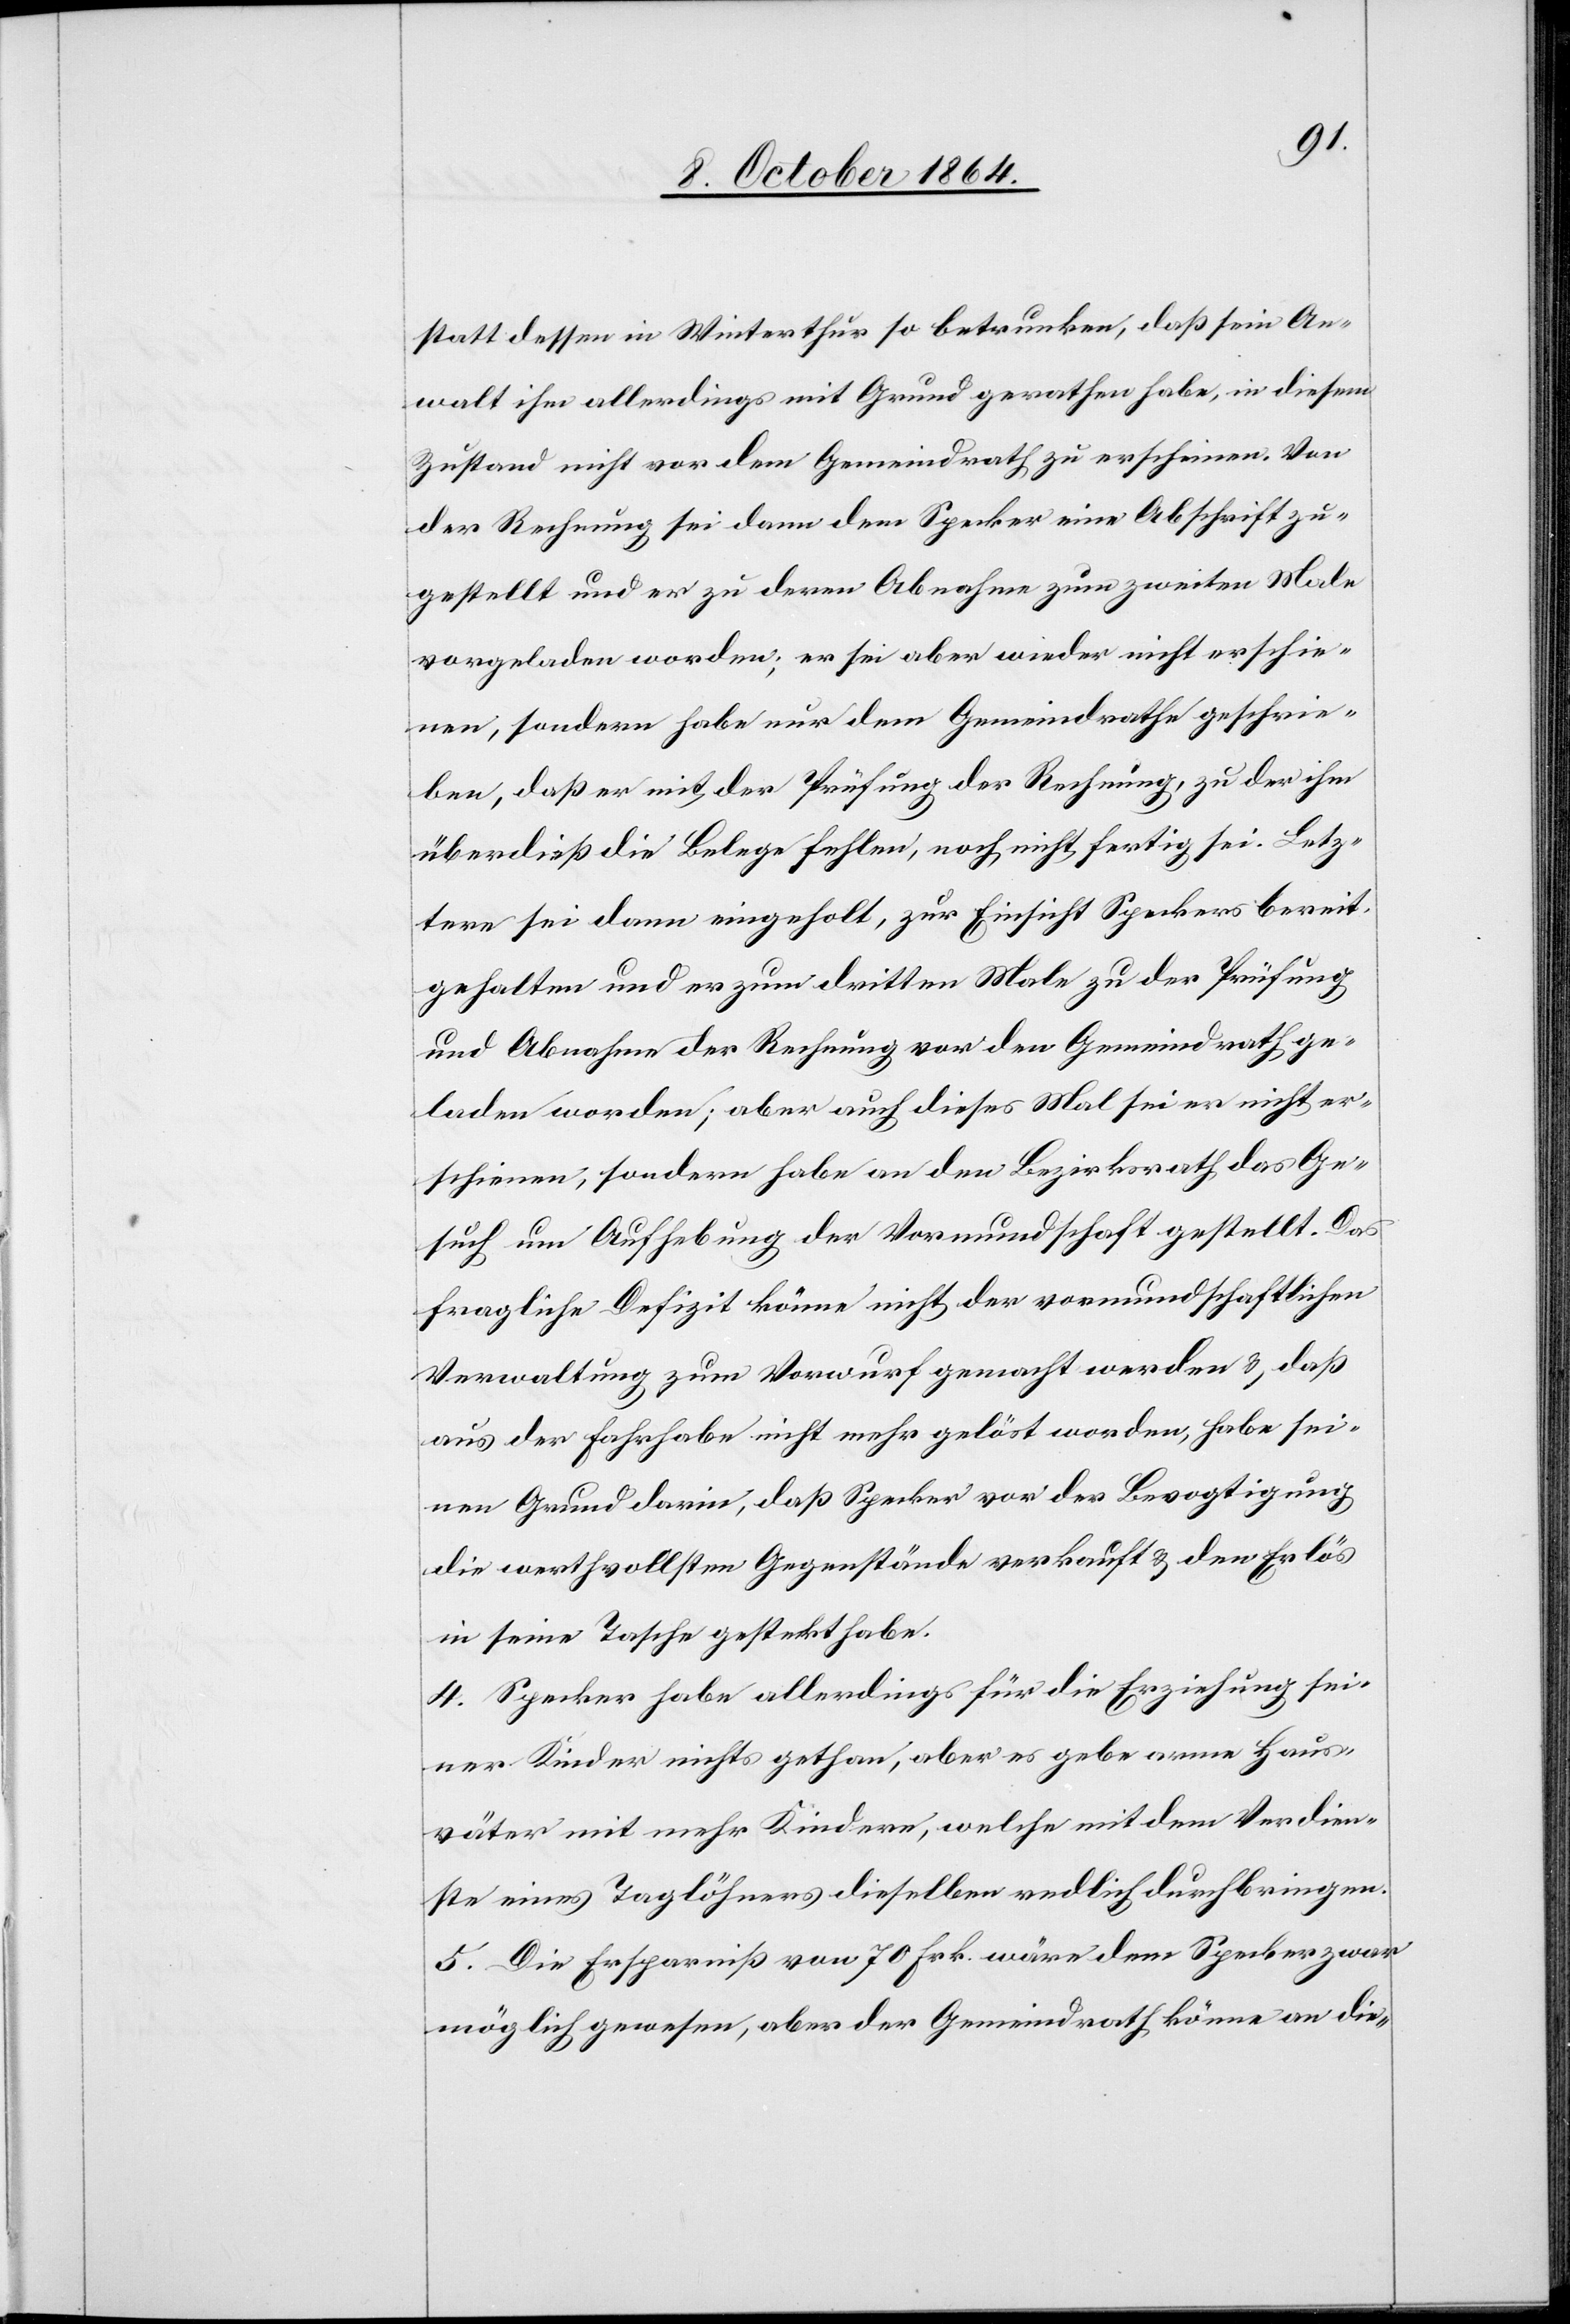
statt dessen in Winterthur so betrunken, daß sein An¬
walt ihm allerdings mit Grund gerathen habe, in diesem
Zustand nicht vor dem Gemeindrath zu erscheinen. Von
der Rechnung sei dann dem Specker eine Abschrift zu¬
gestellt und er zu deren Abnahme zum zweiten Male
vorgeladen worden; er sei aber wieder nicht erschie¬
nen, sondern habe nur dem Gemeindrathe geschrie¬
ben, daß er mit der Prüfung der Rechnung, zu der ihm
überdieß die Belege fehlen, noch nicht fertig sei. Letz¬
tere sei dann eingeholt, zur Einsicht Speckers bereit¬
gehalten und er zum dritten Male zu der Prüfung
und Abnahme der Rechnung vor den Gemeindrath ge¬
laden worden; aber auch dieses Mal sei er nicht er¬
schienen, sondern habe an den Bezirksrath das Ge¬
such um Aufhebung der Vormundschaft gestellt. Das
fragliche Defizit könne nicht der vormundschaftlichen
Verwaltung zum Vorwurf gemacht werden & daß
aus der Fahrhabe nicht mehr gelöst worden, habe sei¬
nen Grund darin, daß Specker vor der Bevogtigung
die werthvollsten Gegenstände verkauft & den Erlös
in seine Tasche gesteckt habe.
4. Specker habe allerdings für die Erziehung sei¬
ner Kinder nichts gethan, aber es gebe arme Haus¬
väter mit mehr Kindern, welche mit dem Verdien¬
ste eines Taglöhners dieselben redlich durchbringen.
5. Die Ersparniß vom 70 Frk. wäre dem Specker zwar
möglich gewesen, aber der Gemeindrath könne an die-